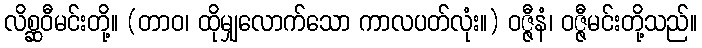
လိစ္ဆဝီမင်းတို့။ (တာဝ၊ ထိုမျှလောက်သော ကာလပတ်လုံး။) ဝဇ္ဇီနံ၊ ဝဇ္ဇီမင်းတို့သည်။